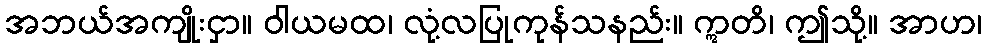
အဘယ်အကျိုးငှာ။ ဝါယမထ၊ လုံ့လပြုကုန်သနည်း။ ဣတိ၊ ဤသို့။ အာဟ၊